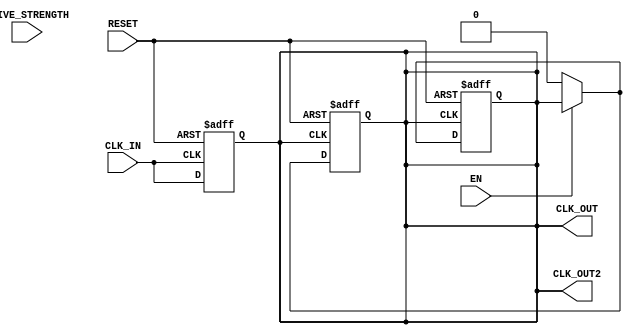
module ClockBuffer (
    input wire CLK_IN,        // Clock input
    input wire EN,           // Enable signal
    output reg CLK_OUT,      // Clock output
    output reg CLK_OUT2,     // Second clock output (optional)
    input wire [1:0] DRIVE_STRENGTH, // Drive strength configuration
    input wire RESET         // Asynchronous reset
);

    // Parameters for propagation delay (in simulation)
    parameter PROP_DELAY = 2; // Propagation delay in ns

    // Internal signal for clock conditioning
    reg clk_cond;

    // Drive strength configuration
    always @(*) begin
        case (DRIVE_STRENGTH)
            2'b00: begin
                // Low drive strength
                CLK_OUT <= clk_cond; // Drive with low strength
                CLK_OUT2 <= clk_cond; // Drive with low strength
            end
            2'b01: begin
                // Medium drive strength
                CLK_OUT <= clk_cond; // Drive with medium strength
                CLK_OUT2 <= clk_cond; // Drive with medium strength
            end
            2'b10: begin
                // High drive strength
                CLK_OUT <= clk_cond; // Drive with high strength
                CLK_OUT2 <= clk_cond; // Drive with high strength
            end
            default: begin
                // Default case
                CLK_OUT <= clk_cond; // Drive with default strength
                CLK_OUT2 <= clk_cond; // Drive with default strength
            end
        endcase
    end

    // Clock conditioning and enable logic
    always @(posedge CLK_IN or posedge RESET) begin
        if (RESET) begin
            clk_cond <= 1'b0; // Reset condition
        end else begin
            clk_cond <= CLK_IN; // Buffer the clock input
        end
    end

    // Output logic with enable functionality
    always @(posedge clk_cond or posedge RESET) begin
        if (RESET) begin
            CLK_OUT <= 1'b0; // Reset output
            CLK_OUT2 <= 1'b0; // Reset second output
        end else if (EN) begin
            // Propagation delay simulation
            #PROP_DELAY;
            CLK_OUT <= clk_cond; // Drive output with conditioned clock
            CLK_OUT2 <= clk_cond; // Drive second output with conditioned clock
        end else begin
            CLK_OUT <= 1'b0; // Disable output
            CLK_OUT2 <= 1'b0; // Disable second output
        end
    end

endmodule